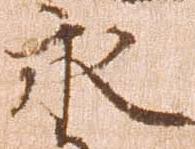
永